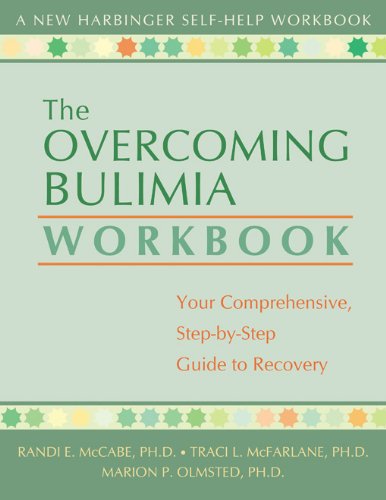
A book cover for The Overcoming Bulimia Workbook: Your Comprehensive Step-by-Step Guide to Recovery (New Harbinger Self-Help Workbook); Randi E. McCabe PhD; Self-Help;